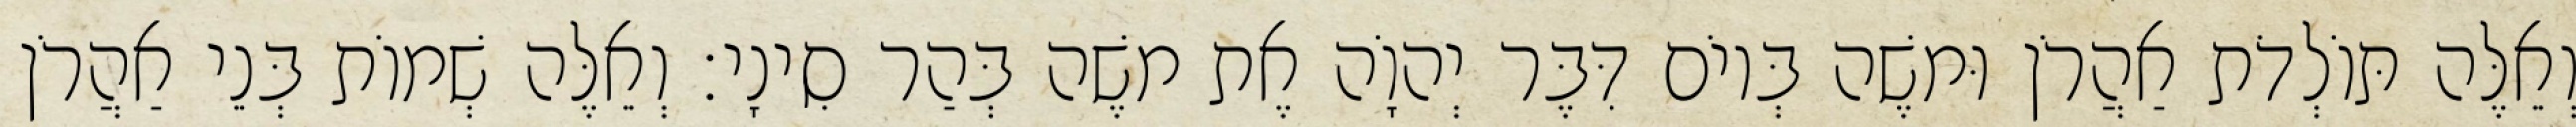
וְאֵלֶּה תּוֹלְדֹת אַהֲרֹן וּמשֶׁה בְּיוֹם דִּבֶּר יְהוָֹה אֶת משֶׁה בְּהַר סִינָי׃ וְאֵלֶּה שְׁמוֹת בְּנֵי אַהֲרֹן